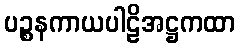
ပဉ္စနကာယပါဠိအဋ္ဌကထာ